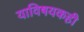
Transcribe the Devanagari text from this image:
याविषयकही